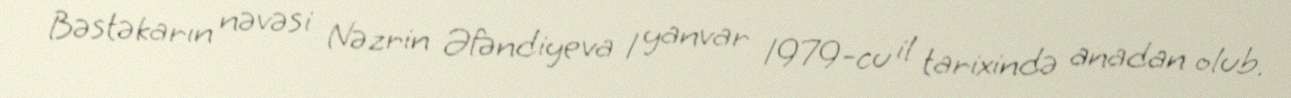
Bəstəkarın nəvəsi Nəzrin Əfəndiyeva 1 yanvar 1979-cu il tarixində anadan olub.